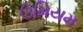
ઉમિયમ